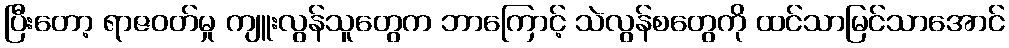
ပြီးတော့ ရာဇဝတ်မှု ကျူးလွန်သူတွေက ဘာကြောင့် သဲလွန်စတွေကို ထင်သာမြင်သာအောင်